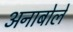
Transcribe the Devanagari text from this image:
अनाबोले